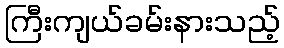
ကြီးကျယ်ခမ်းနားသည့်